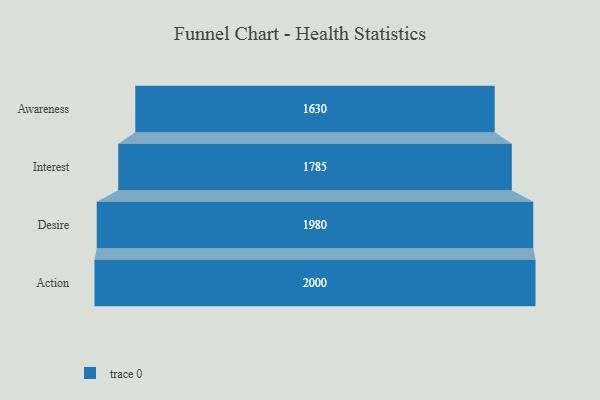
{"axis": {"x": "Stage", "y": "Value"}, "legend": [""], "data": [{"x": "Awareness", "y": 1630.0, "type": ""}, {"x": "Interest", "y": 1785.0, "type": ""}, {"x": "Desire", "y": 1980.0, "type": ""}, {"x": "Action", "y": 2000, "type": ""}]}